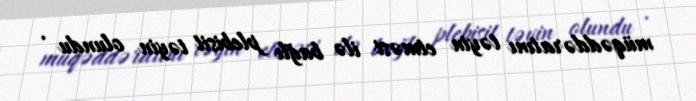
müqəddəratını təyin etməsi ilə bağlı plebisit təyin olundu .